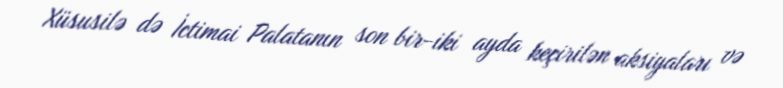
Xüsusilə də İctimai Palatanın son bir-iki ayda keçirilən aksiyaları və